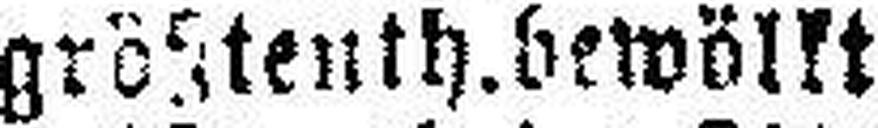
größtenth.bewölkt